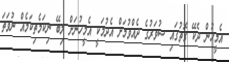
އެމީހުން ދެކޭ ގޮތުގައި ސުވަރުގެ ދެއްވުމަށް އެދުމަކީ އެމީހުނަށް ލިބޭ ނިކަމެތިކަމެއް ނުވަތަ